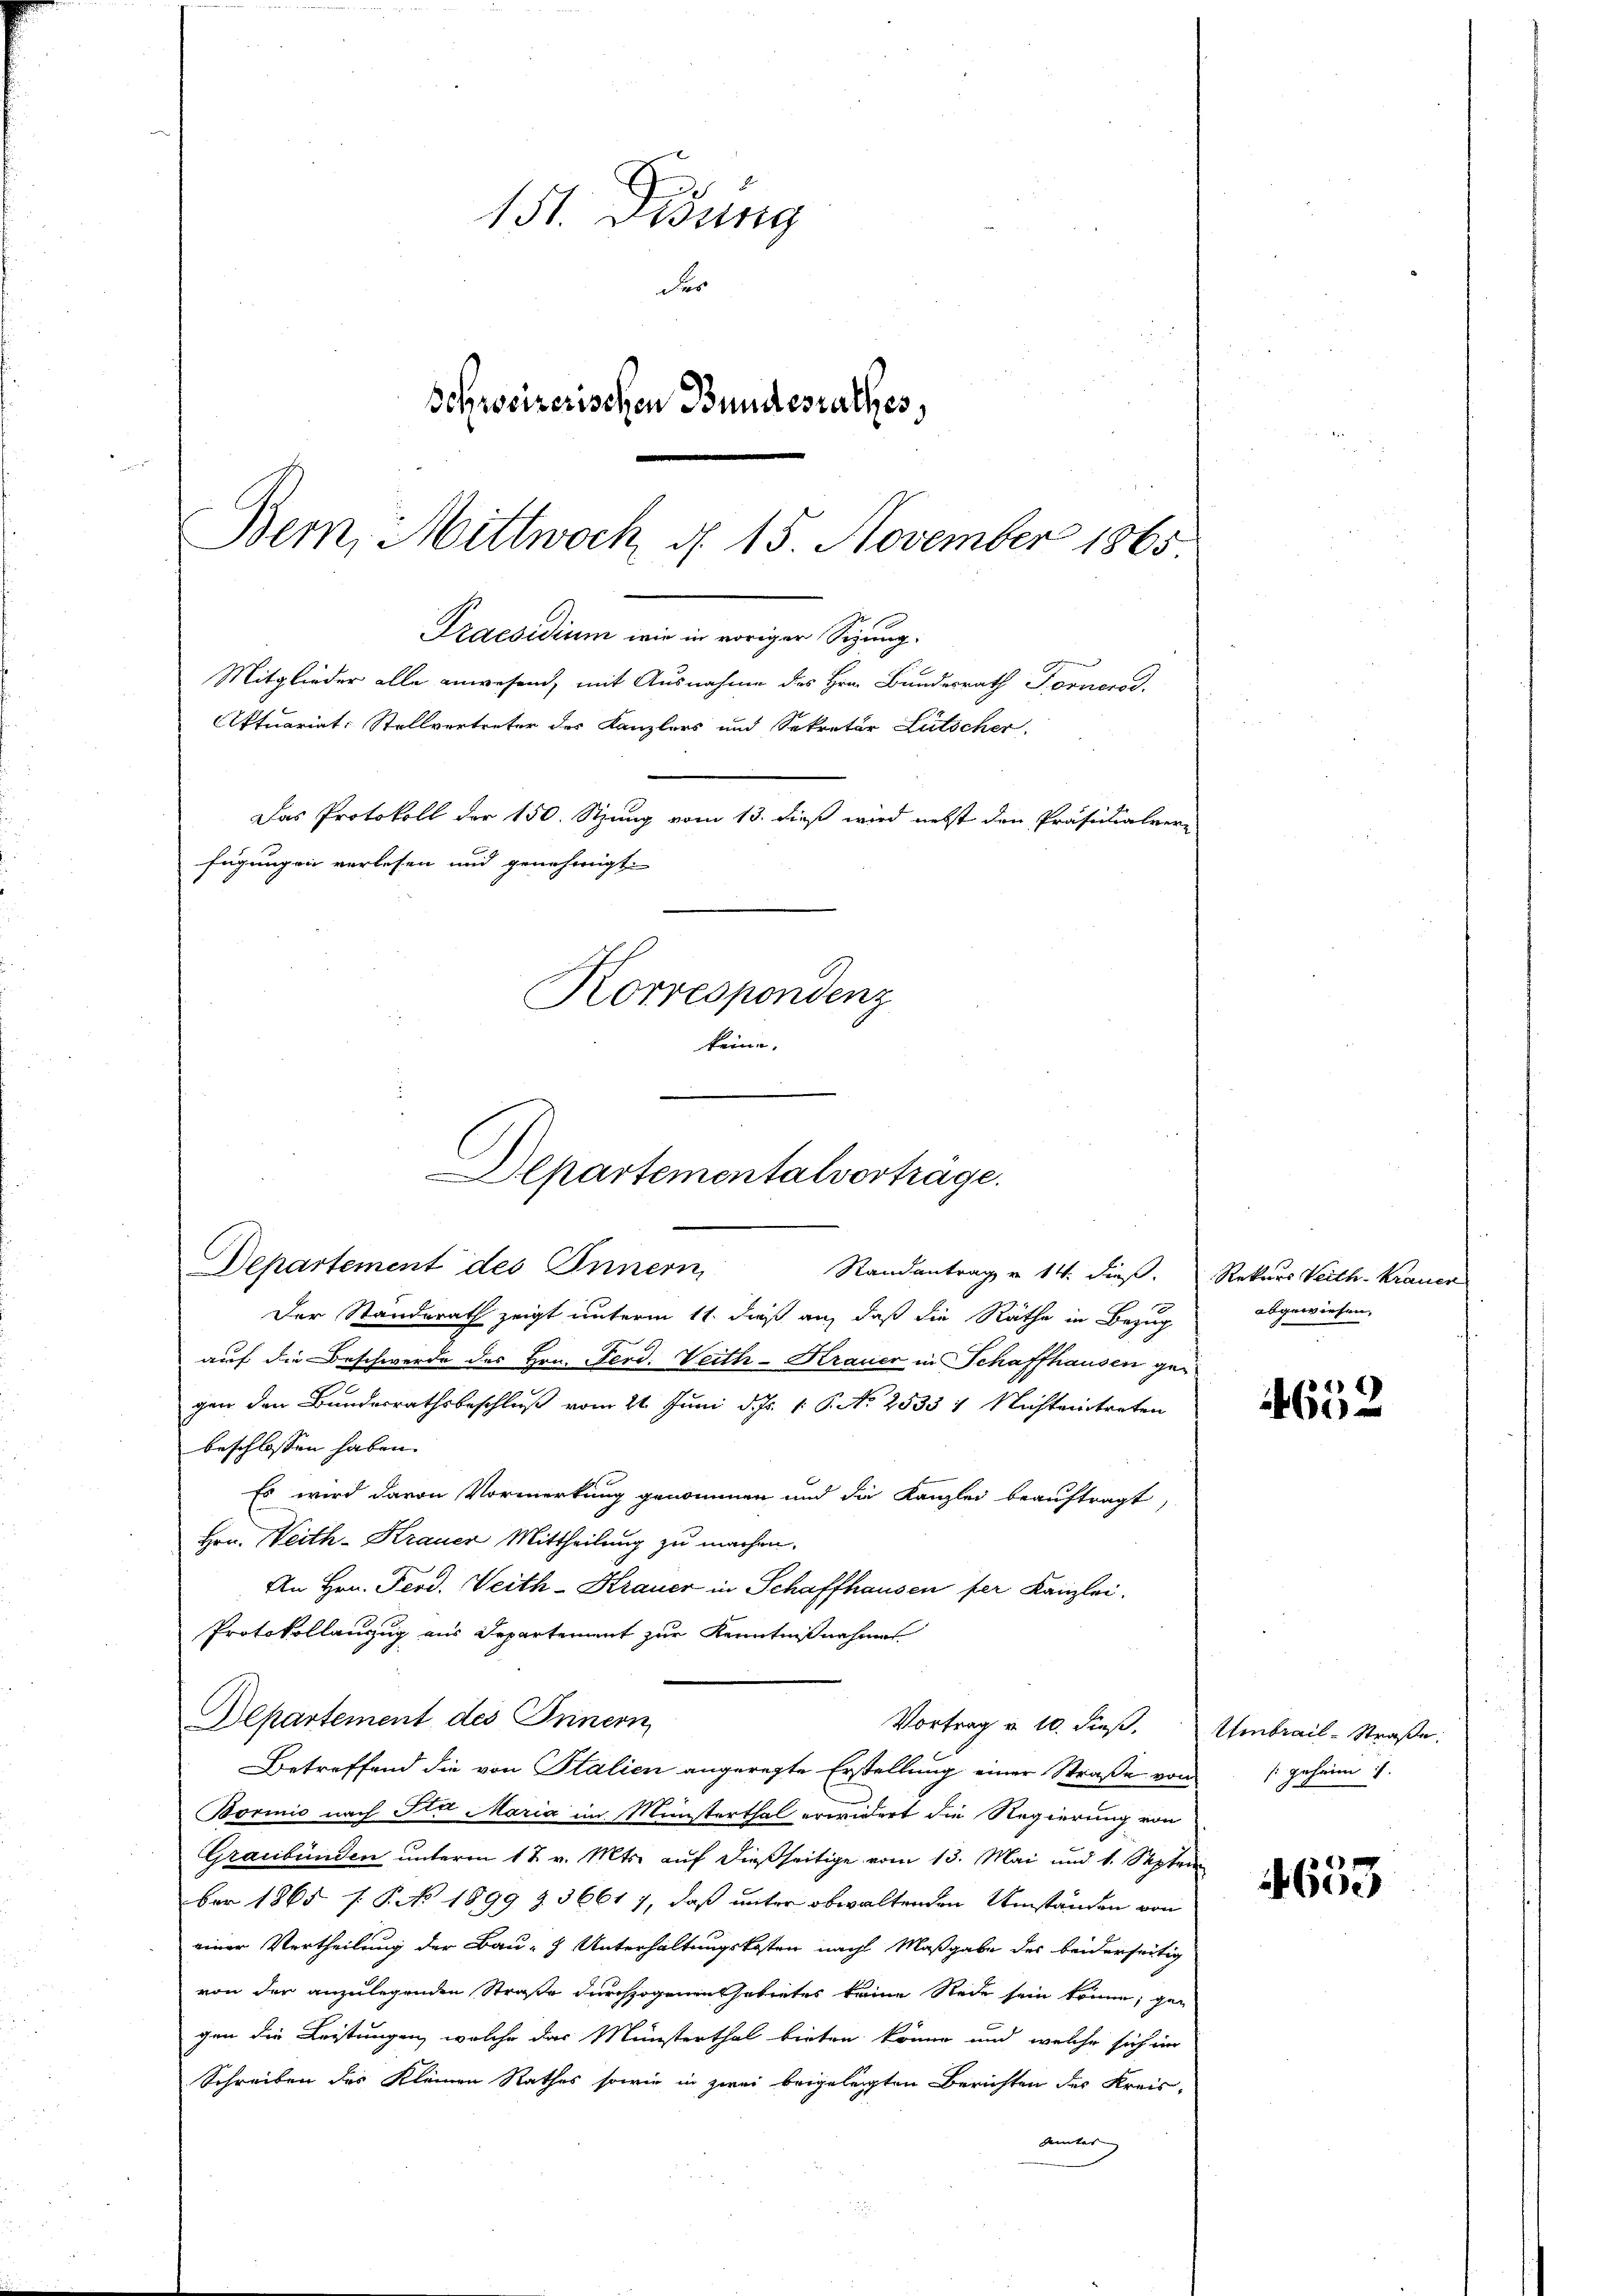
151. Didung
der
Bohrssizerischen Bundesrathes,
Bern, Mittwoch d. 15. November 1865

Praesidium wie in voriger Sizung.
Mitglieder alle anwesend, mit Ausnahme des Hrn. Bundesrath Fornerod
Aktuariat, Stellvertreter des Kanzlers und Sekretär Lütscher.
Das Protokoll der 150. Stung vom 13. dieß wird nebst den Präsidialver-
fügungen verlesen und genehmigt.
Korrespondenz
keine
Departementalvertrage.

Departement des Innern
Randantrag v. 14. dieß. Rekurs Veith. Krauer
Der Standerath zeigt unterm 11. dieß an, daß die Räthe in Bezug
auf die Beschwerde des Hrn. Ferd. Veith-Krauer in Schaffhausen gegen den Bundesrathsbeschluß vom 21. Juni d. Js. 1. P. N. 2533 4 Nichteintreten
beschlossen haben.
Es wird davon Vormerkung genommen und die Kanzlei beauftragt,
Hrn. Weith-Krauer Mittheilung zu machen.
An Hrn. Ferd. Weith-Krauer in Schaffhausen per Kanzlei.
Protokollauszug aus Departement zur Kenntnißnahmes
Departement des Innern
Vortrag u. 10. dieß. Umbrail-Straße.
Betreffend die von Stalien angeregte Erstellung einer Straße von
Bormnis nach Sta Maria im Ministerthal erwidert die Regierung von
Graubünden unterm 17. v. Mts. auf dießseitige vom 13. Mai und 1. Septem
ber 1865 f. P. N 1899 Z. 36617, daß unter obwaltenden Umständen von
einer Vertheilung der Bau- & Unterhaltungskosten nach Maßgabe des beiderseitig
von der anzulegenden Straße durchzogenen Gebietes keine Rede sein könne; gegen die Leistungen, welche das Münsterthal bieten könne und welche sich im
Schreiben des Kleinen Rathes sowie in zwei beigelegten Berichten des Kreisuunter

abgewiesen,

4652

/ geheim 1.

4
4600